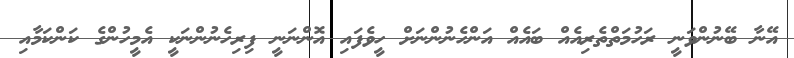
އޭނާ ބޭނުންވަނީ ރަހުމަތްތެރިއެއް ބައެއް އަންހެނުންނަށް ހީވެފައި އޮންނަނީ ފިރިހެނުންނަކީ އެމީހުންގެ ކަންކަމާއި